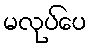
မလုပ်ပေ